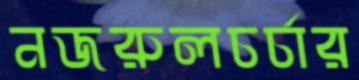
নজরুলচর্চার